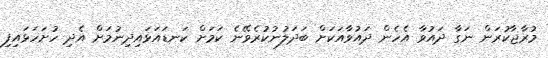
މުރާޖާކުރަން ނަގާ ދައުވާ އެހެން ދައުވާއަކަށް ބަދަލުނުކުރެވޭނެ ކަމަށް ކަނޑައަޅައިދިނުމަށް އެދި ހުށަހަޅައިފި